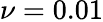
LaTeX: \nu=0.01